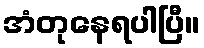
အံတုနေရပါပြီ။